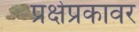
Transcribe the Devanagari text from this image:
प्रक्षेप्रकावर